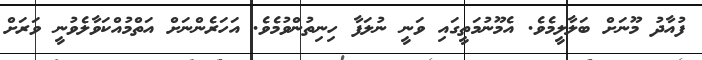
ފުއާދު މޫނަށް ބަލާލީމެވެ. އެމޫނުމަތީގައި ވަނީ ނުލަފާ ހިނިތުންވުމެވެ. އަހަރެންނަށް އަތްމުއްކަވާލެވުނީ ވަރަށް